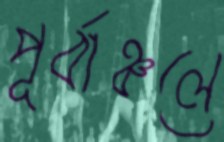
পূর্বাঞ্চলে